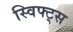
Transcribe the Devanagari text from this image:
स्विफ्ट्स